Vabadussoja_Ajaloo_Komitee, lk 24
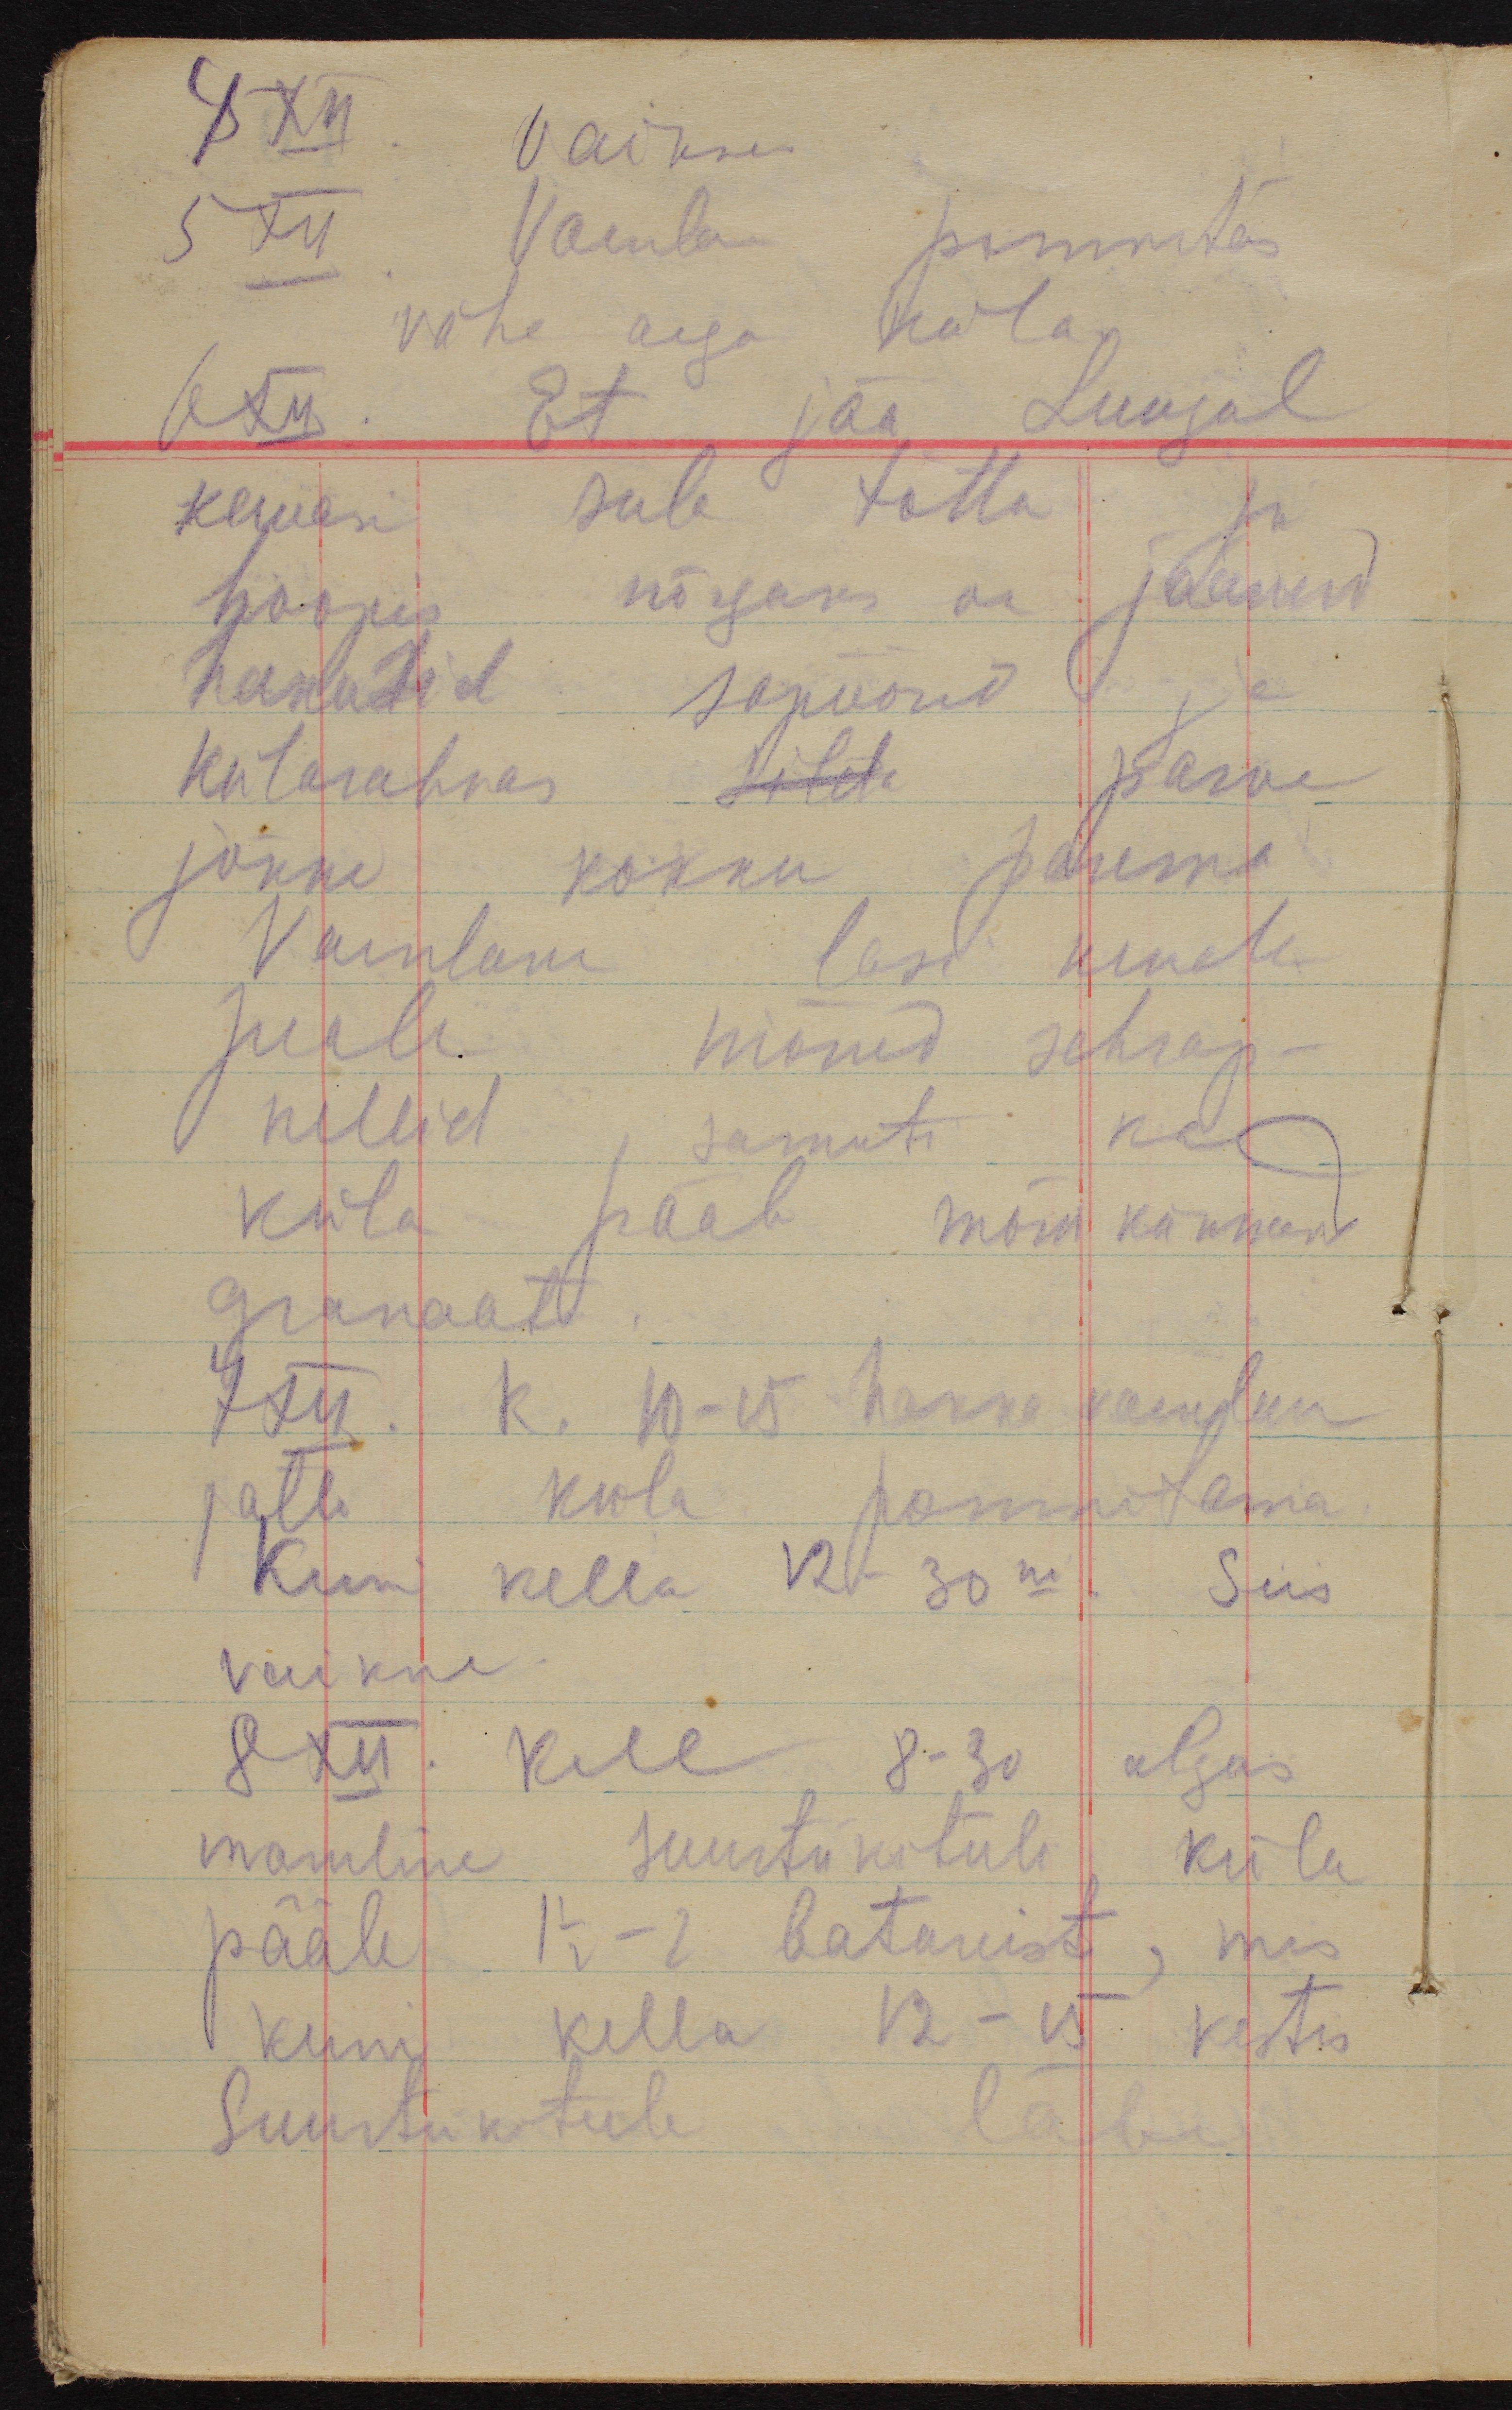
4 XII.  Vaikne.
5 XII. Vaenlane pommitas
vähe aega küla.
6 XII. Et jää Luugal
kauase sula tõttu ju
hoopis nõrgaks on jäänud
hakkasid sapöörid ja
külarahvas silda parve
jõkke kokku panema.
Vaenlane lasi nende
peale mõned schrap-
nellid, samuti ka
küla pääle mõnikümmend
granaati.
7 XII. k. 10-15 hakka vaenlane
jälle küla pommitama
Kuni kella 12-30ni. Siis
vaikne.
8 XII. Kell 8-30 algas
massiline suurtükitule küla
pääle. 1 1/2-2 batareist, mis
kuni kella 12-15 kestis
Suurtükitule läbi.